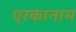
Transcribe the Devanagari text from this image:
एरकानाम